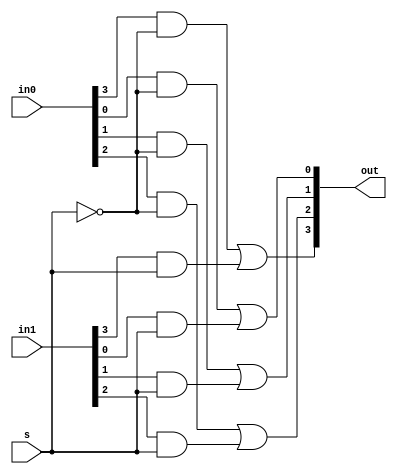
 module mux_4bit (in0, in1, s, out);
 input [3:0] in0, in1;
 output [3:0] out;
 input s;
 
 wire s_bar;
 wire [3:0] temp0, temp1; 
 not n_s(s_bar, s);


genvar i;
generate
for(i = 0;i < 4; i = i + 1) begin: gen
  and A(temp0[i], in0[i], s_bar);
  and B(temp1[i], in1[i], s);
  or C(out[i], temp0[i], temp1[i]);
end
endgenerate

endmodule